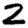
Digit: 2